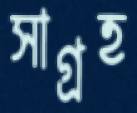
সাগ্রহ